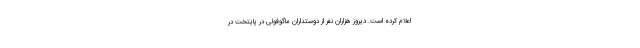
اعلام کرده است. دیروز هزاران نفر از دوستداران ماگوفولی در پایتخت در